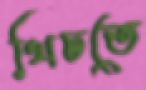
খিচতে